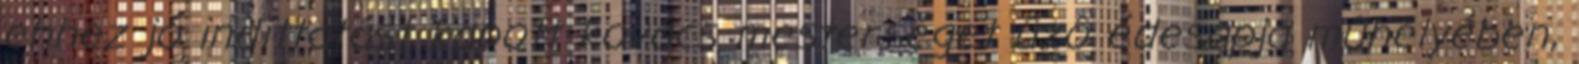
ehhez jó indíttatást kapott kovács mesterséget ûzô édesapja mûhelyében,